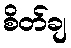
စိတ်ချ